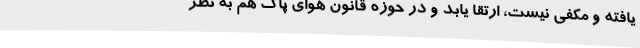
یافته و مکفی نیست، ارتقا یابد و در حوزه قانون هوای پاک هم به نظر